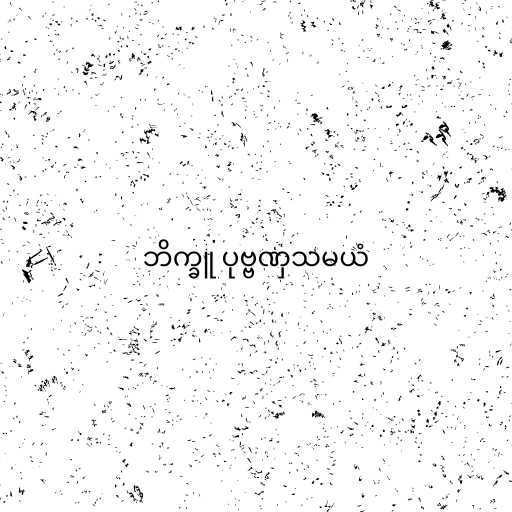
ဘိက္ခူ ပုဗ္ဗဏှသမယံ